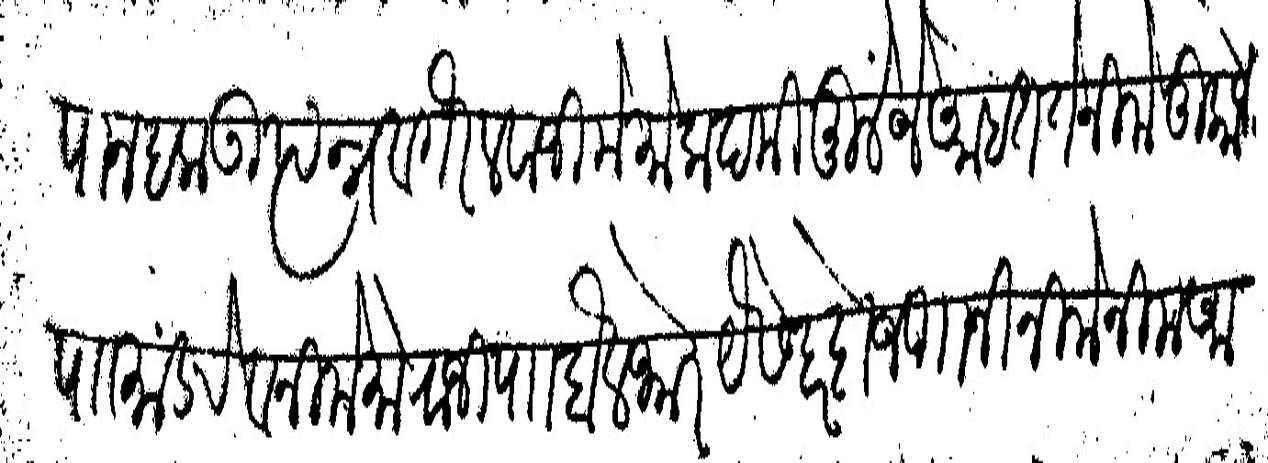
Transliteration (Devanagari): मानपान हक उत्पन्न वगैर लवाजिमे मोकदमीमुलें जे आहेत ते निमे तुकोजी पाा मांडरे व निमे मोराजी पा बैलभोर यैसे हर दोजणानी निमे निम आधीं